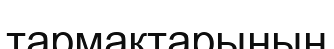
тармақтарының